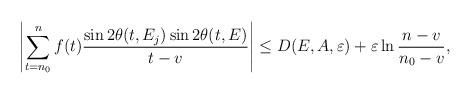
LaTeX: \begin{align*} \left|\sum_{t=n_0}^n f(t)\frac{\sin 2 \theta(t,E_j) \sin 2 \theta(t,E)}{t-v}\right|\leq D(E,A,\varepsilon)+{\varepsilon}\ln \frac{n-v}{n_0-v},\end{align*}